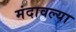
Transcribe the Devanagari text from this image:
मंदावल्या